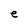
Character: e